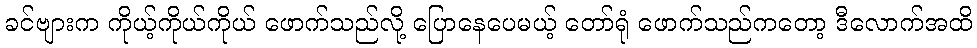
ခင်ဗျားက ကိုယ့်ကိုယ်ကိုယ် ဖောက်သည်လို့ ပြောနေပေမယ့် တော်ရုံ ဖောက်သည်ကတော့ ဒီလောက်အထိ